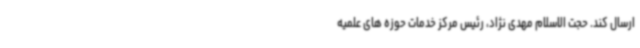
ارسال کند. حجت الاسلام مهدی نژاد، رئیس مرکز خدمات حوزه های علمیه